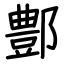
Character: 鄷